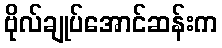
ဗိုလ်ချုပ်အောင်ဆန်းက